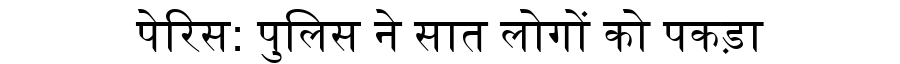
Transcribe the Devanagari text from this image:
पेरिस: पुलिस ने सात लोगों को पकड़ा